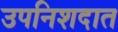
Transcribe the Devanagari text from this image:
उपनिशदात